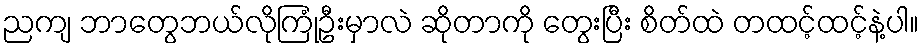
ညကျ ဘာတွေဘယ်လိုကြုံဦးမှာလဲ ဆိုတာကို တွေးပြီး စိတ်ထဲ တထင့်ထင့်နဲ့ပါ။